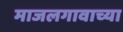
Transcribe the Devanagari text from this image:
माजलगावाच्या